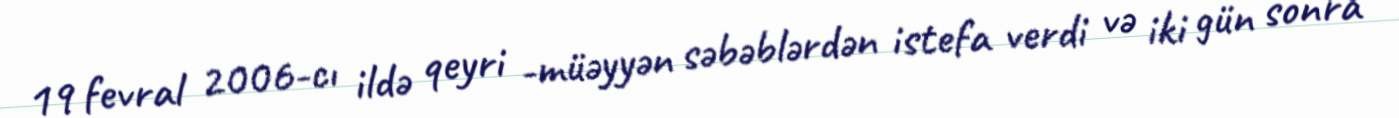
19 fevral 2006-cı ildə qeyri -müəyyən səbəblərdən istefa verdi və iki gün sonra